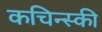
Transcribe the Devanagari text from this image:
कचिन्स्की